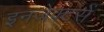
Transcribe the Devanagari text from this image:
इनजेक्टरों